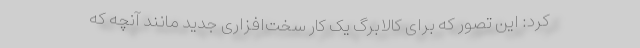
کرد: این تصور که برای کالابرگ یک کار سخت‌افزاری جدید مانند آنچه که